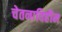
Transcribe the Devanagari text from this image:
चेतनाविहीन